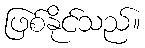
ဖြစ်နိုင်သည်။